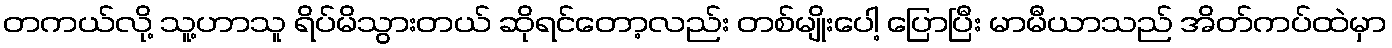
တကယ်လို့ သူ့ဟာသူ ရိပ်မိသွားတယ် ဆိုရင်တော့လည်း တစ်မျိုးပေါ့ ပြောပြီး မာမီယာသည် အိတ်ကပ်ထဲမှာ